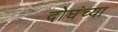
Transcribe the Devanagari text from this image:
दोघंच्या